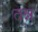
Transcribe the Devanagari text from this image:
तन्न